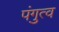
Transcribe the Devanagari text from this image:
पंगुत्व